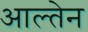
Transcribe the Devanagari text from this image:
आल्तेन